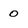
Character: 0